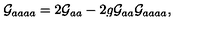
{ \cal G } _ { a a a a } = 2 { \cal G } _ { a a } - 2 g { \cal G } _ { a a } { \cal G } _ { a a a a } ,